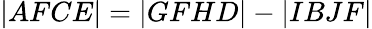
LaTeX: |AFCE|=|GFHD|-|IBJF|